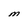
Character: M